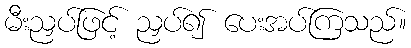
မီးညှပ်ဖြင့် ညှပ်၍ ပေးအပ်ကြသည်။